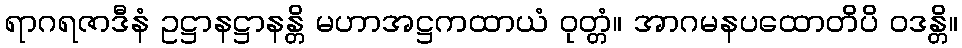
ရာဂရဇာဒီနံ ဥဋ္ဌာနဋ္ဌာနန္တိ မဟာအဋ္ဌကထာယံ ဝုတ္တံ။ အာဂမနပထောတိပိ ဝဒန္တိ။